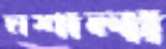
মশালা